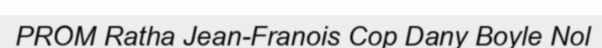
PROM Ratha Jean-Franois Cop Dany Boyle Nol